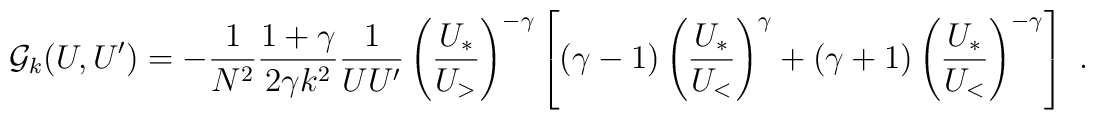
{\cal G}_k(U,U^\prime) = -\frac{1}{N^2}         \frac{1+\gamma}{2\gamma k^2} \frac{1}{U U'}        \left(\frac{U_*}{U_>}\right)^{-\gamma}          \left[ (\gamma-1) \left(\frac{U_*}{U_<}\right)^{\gamma}              +(\gamma+1) \left(\frac{U_*}{U_<}\right)^{-\gamma}\right]~.